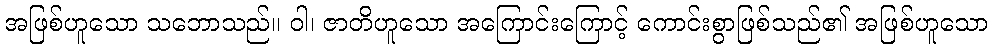
အဖြစ်ဟူသော သဘောသည်။ ဝါ၊ ဇာတိဟူသော အကြောင်းကြောင့် ကောင်းစွာဖြစ်သည်၏ အဖြစ်ဟူသော